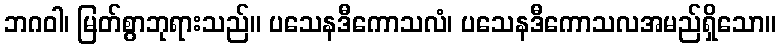
ဘဂဝါ၊ မြတ်စွာဘုရားသည်။ ပသေနဒီကောသလံ၊ ပသေနဒီကောသလအမည်ရှိသော။